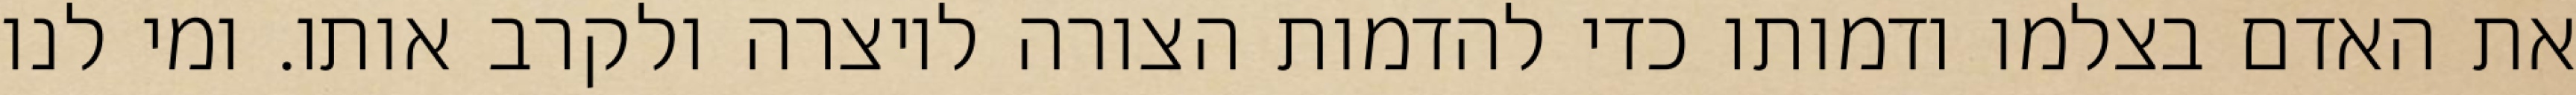
את האדם בצלמו ודמותו כדי להדמות הצורה ליוצרה ולקרב אותו. ומי לנו